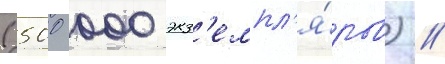
(500 000 экз'емпл'я́ров) //